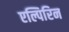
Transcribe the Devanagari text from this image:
एल्पिरिन